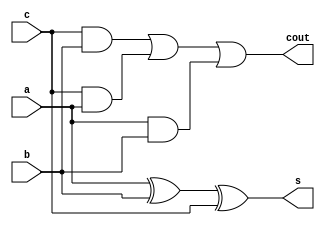
module fulladder(a,b,c,s,cout);
input a,b,c;
output s,cout;
wire w1, w2, w3, w4, s, cout;

xor g1(w1, a, b);
xor g2(s, w1, c);
 and g3(w2, c, b);
 and g4(w3, c, a);
 and g5(w4, a, b);
or g6(cout, w2, w3, w4);

endmodule
module fourbitadder(x,y,s,cout,cin);
input [3:0] x,y;
output [3:0] s;
input cin;
output cout;
wire c[3:0];
 fulladder f0 (x[0],y[0],cin,s[0],c[0]);
 fulladder f1 (x[1],y[1],c[0],s[1],c[1]);
 fulladder f2 (x[2],y[2],c[1],s[2],c[2]);
 fulladder f3 (x[3],y[3],c[2],s[3],cout);
endmodule